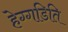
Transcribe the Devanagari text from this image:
हेग्गडिति